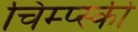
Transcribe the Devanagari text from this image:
चिम्प्स्की